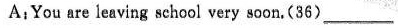
A;You re laving sehol vey swo.(86)_ __